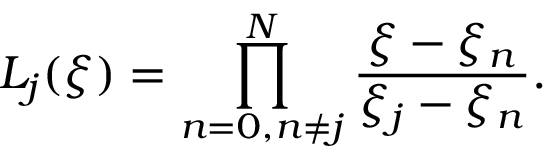
L _ { j } ( \xi ) = \prod _ { n = 0 , n \neq j } ^ { N } \frac { \xi - \xi _ { n } } { \xi _ { j } - \xi _ { n } } .